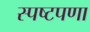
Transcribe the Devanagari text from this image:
स्पष्टपणा